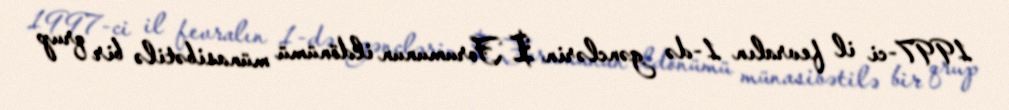
1997-ci il fevralın 1-də gənclərin I Forumunun ildönümü münasibətilə bir qrup